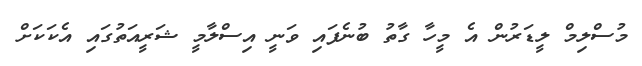
މުސްލިމް ލީޑަރުން އެ މީހާ ގާތު ބުނެފައި ވަނީ އިސްލާމީ ޝަރީއަތުގައި އެކަކަށް